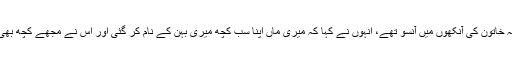
ایک ساٹھ سالہ خاتون کی آنکھوں میں آنسو تھے، انہوں نے کہا کہ میری ماں اپنا سب کچھ میری بہن کے نام کر گئی اور اس نے مجھے کچھ بھی نہیں چھوڑا۔